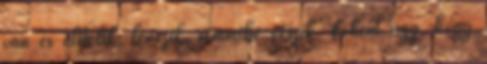
van és elítélik, lenézik, semmibe veszik. Főként úgy, hogy